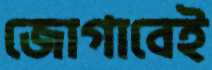
জোগাবেই